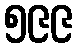
၅၉၉